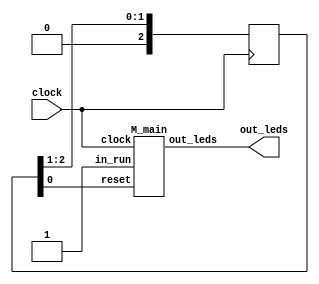
/*

Copyright 2019, (C) Sylvain Lefebvre and contributors
List contributors with: git shortlog -n -s -- <filename>

MIT license

Permission is hereby granted, free of charge, to any person obtaining a copy of
this software and associated documentation files (the "Software"), to deal in
the Software without restriction, including without limitation the rights to
use, copy, modify, merge, publish, distribute, sublicense, and/or sell copies of
the Software, and to permit persons to whom the Software is furnished to do so,
subject to the following conditions:

The above copyright notice and this permission notice shall be included in all
copies or substantial portions of the Software.

THE SOFTWARE IS PROVIDED "AS IS", WITHOUT WARRANTY OF ANY KIND, EXPRESS OR
IMPLIED, INCLUDING BUT NOT LIMITED TO THE WARRANTIES OF MERCHANTABILITY, FITNESS
FOR A PARTICULAR PURPOSE AND NONINFRINGEMENT. IN NO EVENT SHALL THE AUTHORS OR
COPYRIGHT HOLDERS BE LIABLE FOR ANY CLAIM, DAMAGES OR OTHER LIABILITY, WHETHER
IN AN ACTION OF CONTRACT, TORT OR OTHERWISE, ARISING FROM, OUT OF OR IN
CONNECTION WITH THE SOFTWARE OR THE USE OR OTHER DEALINGS IN THE SOFTWARE.

(header_2_M)

*/
`define BARE 1
`define COLOR_DEPTH       6


module top(
`ifdef VGA
  // VGA
  output out_video_clock,
  output reg [`COLOR_DEPTH-1:0] out_video_r,
  output reg [`COLOR_DEPTH-1:0] out_video_g,
  output reg [`COLOR_DEPTH-1:0] out_video_b,
  output out_video_hs,
  output out_video_vs,
`endif
  // basic
  output [7:0] out_leds,
  input        clock
);

reg [2:0] ready = 3'b111;

always @(posedge clock) begin
  ready <= ready >> 1;
end

wire run_main;
assign run_main = 1'b1;

M_main __main(
  .clock(clock),
  .reset(ready[0]),
  .out_leds(out_leds),
`ifdef VGA
  .out_video_clock(out_video_clock),
  .out_video_r(out_video_r),
  .out_video_g(out_video_g),
  .out_video_b(out_video_b),
  .out_video_hs(out_video_hs),
  .out_video_vs(out_video_vs),
`endif
  .in_run(run_main)
);

endmodule


module M_mulpip16__mul (
in_im0,
in_im1,
out_ret,
out_done,
reset,
out_clock,
clock
);
input signed [15:0] in_im0;
input signed [15:0] in_im1;
output signed [15:0] out_ret;
output out_done;
input reset;
output out_clock;
input clock;
assign out_clock = clock;
reg  [15:0] _t_sum_1_0;
reg  [15:0] _t_sum_2_0;
reg  [15:0] _t_sum_2_1;
reg  [15:0] _t_sum_3_0;
reg  [15:0] _t_sum_3_1;
reg  [15:0] _t_sum_3_2;
reg  [15:0] _t_sum_3_3;
reg  [15:0] _t_sum_4_0;
reg  [15:0] _t_sum_4_1;
reg  [15:0] _t_sum_4_2;
reg  [15:0] _t_sum_4_3;
reg  [15:0] _t_sum_4_4;
reg  [15:0] _t_sum_4_5;
reg  [15:0] _t_sum_4_6;
reg  [15:0] _t_sum_4_7;
reg  [15:0] _t_m0;
reg  [15:0] _t_m1;
reg  [0:0] _t_m0_neg;
reg  [0:0] _t_m1_neg;
reg  [0:0] _t___pip_138_0_m0_neg;
reg  [0:0] _t___pip_138_0_m1_neg;
reg  [15:0] _t___pip_138_3_sum_1_0;
reg  [15:0] _t___pip_138_2_sum_2_0;
reg  [15:0] _t___pip_138_2_sum_2_1;
reg  [15:0] _t___pip_138_1_sum_3_0;
reg  [15:0] _t___pip_138_1_sum_3_1;
reg  [15:0] _t___pip_138_1_sum_3_2;
reg  [15:0] _t___pip_138_1_sum_3_3;
reg  [15:0] _t___pip_138_0_sum_4_0;
reg  [15:0] _t___pip_138_0_sum_4_1;
reg  [15:0] _t___pip_138_0_sum_4_2;
reg  [15:0] _t___pip_138_0_sum_4_3;
reg  [15:0] _t___pip_138_0_sum_4_4;
reg  [15:0] _t___pip_138_0_sum_4_5;
reg  [15:0] _t___pip_138_0_sum_4_6;
reg  [15:0] _t___pip_138_0_sum_4_7;

reg  [0:0] _d___pip_138_1_m0_neg;
reg  [0:0] _q___pip_138_1_m0_neg;
reg  [0:0] _d___pip_138_2_m0_neg;
reg  [0:0] _q___pip_138_2_m0_neg;
reg  [0:0] _d___pip_138_3_m0_neg;
reg  [0:0] _q___pip_138_3_m0_neg;
reg  [0:0] _d___pip_138_4_m0_neg;
reg  [0:0] _q___pip_138_4_m0_neg;
reg  [0:0] _d___pip_138_1_m1_neg;
reg  [0:0] _q___pip_138_1_m1_neg;
reg  [0:0] _d___pip_138_2_m1_neg;
reg  [0:0] _q___pip_138_2_m1_neg;
reg  [0:0] _d___pip_138_3_m1_neg;
reg  [0:0] _q___pip_138_3_m1_neg;
reg  [0:0] _d___pip_138_4_m1_neg;
reg  [0:0] _q___pip_138_4_m1_neg;
reg  [15:0] _d___pip_138_4_sum_1_0;
reg  [15:0] _q___pip_138_4_sum_1_0;
reg  [15:0] _d___pip_138_3_sum_2_0;
reg  [15:0] _q___pip_138_3_sum_2_0;
reg  [15:0] _d___pip_138_3_sum_2_1;
reg  [15:0] _q___pip_138_3_sum_2_1;
reg  [15:0] _d___pip_138_2_sum_3_0;
reg  [15:0] _q___pip_138_2_sum_3_0;
reg  [15:0] _d___pip_138_2_sum_3_1;
reg  [15:0] _q___pip_138_2_sum_3_1;
reg  [15:0] _d___pip_138_2_sum_3_2;
reg  [15:0] _q___pip_138_2_sum_3_2;
reg  [15:0] _d___pip_138_2_sum_3_3;
reg  [15:0] _q___pip_138_2_sum_3_3;
reg  [15:0] _d___pip_138_1_sum_4_0;
reg  [15:0] _q___pip_138_1_sum_4_0;
reg  [15:0] _d___pip_138_1_sum_4_1;
reg  [15:0] _q___pip_138_1_sum_4_1;
reg  [15:0] _d___pip_138_1_sum_4_2;
reg  [15:0] _q___pip_138_1_sum_4_2;
reg  [15:0] _d___pip_138_1_sum_4_3;
reg  [15:0] _q___pip_138_1_sum_4_3;
reg  [15:0] _d___pip_138_1_sum_4_4;
reg  [15:0] _q___pip_138_1_sum_4_4;
reg  [15:0] _d___pip_138_1_sum_4_5;
reg  [15:0] _q___pip_138_1_sum_4_5;
reg  [15:0] _d___pip_138_1_sum_4_6;
reg  [15:0] _q___pip_138_1_sum_4_6;
reg  [15:0] _d___pip_138_1_sum_4_7;
reg  [15:0] _q___pip_138_1_sum_4_7;
reg signed [15:0] _d_ret;
reg signed [15:0] _q_ret;
reg  [1:0] _d_index,_q_index = 3;
reg  _autorun = 0;
assign out_ret = _q_ret;
assign out_done = (_q_index == 3) & _autorun;



`ifdef FORMAL
initial begin
assume(reset);
end
assume property($initstate || (out_done));
`endif
always @* begin
_d___pip_138_1_m0_neg = _q___pip_138_1_m0_neg;
_d___pip_138_2_m0_neg = _q___pip_138_2_m0_neg;
_d___pip_138_3_m0_neg = _q___pip_138_3_m0_neg;
_d___pip_138_4_m0_neg = _q___pip_138_4_m0_neg;
_d___pip_138_1_m1_neg = _q___pip_138_1_m1_neg;
_d___pip_138_2_m1_neg = _q___pip_138_2_m1_neg;
_d___pip_138_3_m1_neg = _q___pip_138_3_m1_neg;
_d___pip_138_4_m1_neg = _q___pip_138_4_m1_neg;
_d___pip_138_4_sum_1_0 = _q___pip_138_4_sum_1_0;
_d___pip_138_3_sum_2_0 = _q___pip_138_3_sum_2_0;
_d___pip_138_3_sum_2_1 = _q___pip_138_3_sum_2_1;
_d___pip_138_2_sum_3_0 = _q___pip_138_2_sum_3_0;
_d___pip_138_2_sum_3_1 = _q___pip_138_2_sum_3_1;
_d___pip_138_2_sum_3_2 = _q___pip_138_2_sum_3_2;
_d___pip_138_2_sum_3_3 = _q___pip_138_2_sum_3_3;
_d___pip_138_1_sum_4_0 = _q___pip_138_1_sum_4_0;
_d___pip_138_1_sum_4_1 = _q___pip_138_1_sum_4_1;
_d___pip_138_1_sum_4_2 = _q___pip_138_1_sum_4_2;
_d___pip_138_1_sum_4_3 = _q___pip_138_1_sum_4_3;
_d___pip_138_1_sum_4_4 = _q___pip_138_1_sum_4_4;
_d___pip_138_1_sum_4_5 = _q___pip_138_1_sum_4_5;
_d___pip_138_1_sum_4_6 = _q___pip_138_1_sum_4_6;
_d___pip_138_1_sum_4_7 = _q___pip_138_1_sum_4_7;
_d_ret = _q_ret;
_d_index = _q_index;
_t_sum_1_0 = 0;
_t_sum_2_0 = 0;
_t_sum_2_1 = 0;
_t_sum_3_0 = 0;
_t_sum_3_1 = 0;
_t_sum_3_2 = 0;
_t_sum_3_3 = 0;
_t_sum_4_0 = 0;
_t_sum_4_1 = 0;
_t_sum_4_2 = 0;
_t_sum_4_3 = 0;
_t_sum_4_4 = 0;
_t_sum_4_5 = 0;
_t_sum_4_6 = 0;
_t_sum_4_7 = 0;
_t_m0 = 0;
_t_m1 = 0;
_t_m0_neg = 0;
_t_m1_neg = 0;
_t___pip_138_0_m0_neg = 0;
_t___pip_138_0_m1_neg = 0;
_t___pip_138_3_sum_1_0 = 0;
_t___pip_138_2_sum_2_0 = 0;
_t___pip_138_2_sum_2_1 = 0;
_t___pip_138_1_sum_3_0 = 0;
_t___pip_138_1_sum_3_1 = 0;
_t___pip_138_1_sum_3_2 = 0;
_t___pip_138_1_sum_3_3 = 0;
_t___pip_138_0_sum_4_0 = 0;
_t___pip_138_0_sum_4_1 = 0;
_t___pip_138_0_sum_4_2 = 0;
_t___pip_138_0_sum_4_3 = 0;
_t___pip_138_0_sum_4_4 = 0;
_t___pip_138_0_sum_4_5 = 0;
_t___pip_138_0_sum_4_6 = 0;
_t___pip_138_0_sum_4_7 = 0;
// _always_pre
(* full_case *)
case (_q_index)
0: begin
// _top
_d_index = 1;
end
1: begin
// __while__block_1
if (1) begin
// __block_2
// __block_4
// pipeline
// -------- stage 0
// __stage___block_6
// __block_7
if (in_im0<0) begin
// __block_8
// __block_10
_t_m0_neg = 1;
_t_m0 = -in_im0;
// __block_11
end else begin
// __block_9
// __block_12
_t_m0 = in_im0;
// __block_13
end
// __block_14
if (in_im1<0) begin
// __block_15
// __block_17
_t_m1_neg = 1;
_t_m1 = -in_im1;
// __block_18
end else begin
// __block_16
// __block_19
_t_m1 = in_im1;
// __block_20
end
// __block_21
  case (_t_m1[0+:2])
  2'b00: begin
// __block_23_case
// __block_24
_t_sum_4_0 = 0;
// __block_25
  end
  2'b10: begin
// __block_26_case
// __block_27
_t_sum_4_0 = _t_m0<<1;
// __block_28
  end
  2'b01: begin
// __block_29_case
// __block_30
_t_sum_4_0 = _t_m0<<0;
// __block_31
  end
  2'b11: begin
// __block_32_case
// __block_33
_t_sum_4_0 = (_t_m0<<0)+(_t_m0<<1);
// __block_34
  end
endcase
// __block_22
  case (_t_m1[2+:2])
  2'b00: begin
// __block_36_case
// __block_37
_t_sum_4_1 = 0;
// __block_38
  end
  2'b10: begin
// __block_39_case
// __block_40
_t_sum_4_1 = _t_m0<<3;
// __block_41
  end
  2'b01: begin
// __block_42_case
// __block_43
_t_sum_4_1 = _t_m0<<2;
// __block_44
  end
  2'b11: begin
// __block_45_case
// __block_46
_t_sum_4_1 = (_t_m0<<2)+(_t_m0<<3);
// __block_47
  end
endcase
// __block_35
  case (_t_m1[4+:2])
  2'b00: begin
// __block_49_case
// __block_50
_t_sum_4_2 = 0;
// __block_51
  end
  2'b10: begin
// __block_52_case
// __block_53
_t_sum_4_2 = _t_m0<<5;
// __block_54
  end
  2'b01: begin
// __block_55_case
// __block_56
_t_sum_4_2 = _t_m0<<4;
// __block_57
  end
  2'b11: begin
// __block_58_case
// __block_59
_t_sum_4_2 = (_t_m0<<4)+(_t_m0<<5);
// __block_60
  end
endcase
// __block_48
  case (_t_m1[6+:2])
  2'b00: begin
// __block_62_case
// __block_63
_t_sum_4_3 = 0;
// __block_64
  end
  2'b10: begin
// __block_65_case
// __block_66
_t_sum_4_3 = _t_m0<<7;
// __block_67
  end
  2'b01: begin
// __block_68_case
// __block_69
_t_sum_4_3 = _t_m0<<6;
// __block_70
  end
  2'b11: begin
// __block_71_case
// __block_72
_t_sum_4_3 = (_t_m0<<6)+(_t_m0<<7);
// __block_73
  end
endcase
// __block_61
  case (_t_m1[8+:2])
  2'b00: begin
// __block_75_case
// __block_76
_t_sum_4_4 = 0;
// __block_77
  end
  2'b10: begin
// __block_78_case
// __block_79
_t_sum_4_4 = _t_m0<<9;
// __block_80
  end
  2'b01: begin
// __block_81_case
// __block_82
_t_sum_4_4 = _t_m0<<8;
// __block_83
  end
  2'b11: begin
// __block_84_case
// __block_85
_t_sum_4_4 = (_t_m0<<8)+(_t_m0<<9);
// __block_86
  end
endcase
// __block_74
  case (_t_m1[10+:2])
  2'b00: begin
// __block_88_case
// __block_89
_t_sum_4_5 = 0;
// __block_90
  end
  2'b10: begin
// __block_91_case
// __block_92
_t_sum_4_5 = _t_m0<<11;
// __block_93
  end
  2'b01: begin
// __block_94_case
// __block_95
_t_sum_4_5 = _t_m0<<10;
// __block_96
  end
  2'b11: begin
// __block_97_case
// __block_98
_t_sum_4_5 = (_t_m0<<10)+(_t_m0<<11);
// __block_99
  end
endcase
// __block_87
  case (_t_m1[12+:2])
  2'b00: begin
// __block_101_case
// __block_102
_t_sum_4_6 = 0;
// __block_103
  end
  2'b10: begin
// __block_104_case
// __block_105
_t_sum_4_6 = _t_m0<<13;
// __block_106
  end
  2'b01: begin
// __block_107_case
// __block_108
_t_sum_4_6 = _t_m0<<12;
// __block_109
  end
  2'b11: begin
// __block_110_case
// __block_111
_t_sum_4_6 = (_t_m0<<12)+(_t_m0<<13);
// __block_112
  end
endcase
// __block_100
  case (_t_m1[14+:2])
  2'b00: begin
// __block_114_case
// __block_115
_t_sum_4_7 = 0;
// __block_116
  end
  2'b10: begin
// __block_117_case
// __block_118
_t_sum_4_7 = _t_m0<<15;
// __block_119
  end
  2'b01: begin
// __block_120_case
// __block_121
_t_sum_4_7 = _t_m0<<14;
// __block_122
  end
  2'b11: begin
// __block_123_case
// __block_124
_t_sum_4_7 = (_t_m0<<14)+(_t_m0<<15);
// __block_125
  end
endcase
// __block_113
_t___pip_138_0_m0_neg = _t_m0_neg;
_t___pip_138_0_m1_neg = _t_m1_neg;
_t___pip_138_0_sum_4_0 = _t_sum_4_0;
_t___pip_138_0_sum_4_1 = _t_sum_4_1;
_t___pip_138_0_sum_4_2 = _t_sum_4_2;
_t___pip_138_0_sum_4_3 = _t_sum_4_3;
_t___pip_138_0_sum_4_4 = _t_sum_4_4;
_t___pip_138_0_sum_4_5 = _t_sum_4_5;
_t___pip_138_0_sum_4_6 = _t_sum_4_6;
_t___pip_138_0_sum_4_7 = _t_sum_4_7;
// -------- stage 1
// __stage___block_127
// __block_128
_t_sum_3_0 = _q___pip_138_1_sum_4_0+_q___pip_138_1_sum_4_1;
_t_sum_3_1 = _q___pip_138_1_sum_4_2+_q___pip_138_1_sum_4_3;
_t_sum_3_2 = _q___pip_138_1_sum_4_4+_q___pip_138_1_sum_4_5;
_t_sum_3_3 = _q___pip_138_1_sum_4_6+_q___pip_138_1_sum_4_7;
_t___pip_138_1_sum_3_1 = _t_sum_3_1;
_t___pip_138_1_sum_3_0 = _t_sum_3_0;
_t___pip_138_1_sum_3_2 = _t_sum_3_2;
_t___pip_138_1_sum_3_3 = _t_sum_3_3;
// -------- stage 2
// __stage___block_130
// __block_131
_t_sum_2_0 = _q___pip_138_2_sum_3_0+_q___pip_138_2_sum_3_1;
_t_sum_2_1 = _q___pip_138_2_sum_3_2+_q___pip_138_2_sum_3_3;
_t___pip_138_2_sum_2_0 = _t_sum_2_0;
_t___pip_138_2_sum_2_1 = _t_sum_2_1;
// -------- stage 3
// __stage___block_133
// __block_134
_t_sum_1_0 = _q___pip_138_3_sum_2_0+_q___pip_138_3_sum_2_1;
_t___pip_138_3_sum_1_0 = _t_sum_1_0;
// -------- stage 4
// __stage___block_136
// __block_137
if (_q___pip_138_4_m0_neg^_q___pip_138_4_m1_neg) begin
// __block_138
// __block_140
_d_ret = -_q___pip_138_4_sum_1_0;
// __block_141
end else begin
// __block_139
// __block_142
_d_ret = _q___pip_138_4_sum_1_0;
// __block_143
end
// __block_144
// __block_5
// __block_146
_d_index = 1;
end else begin
_d_index = 2;
end
end
2: begin
// __block_3
_d_index = 3;
end
3: begin // end of 
end
default: begin 
_d_index = {2{1'bx}};
`ifdef FORMAL
assume(0);
`endif
 end
endcase
// _always_post
end

always @(posedge clock) begin
_q___pip_138_1_m0_neg <= _t___pip_138_0_m0_neg;
_q___pip_138_2_m0_neg <= _d___pip_138_1_m0_neg;
_q___pip_138_3_m0_neg <= _d___pip_138_2_m0_neg;
_q___pip_138_4_m0_neg <= _d___pip_138_3_m0_neg;
_q___pip_138_1_m1_neg <= _t___pip_138_0_m1_neg;
_q___pip_138_2_m1_neg <= _d___pip_138_1_m1_neg;
_q___pip_138_3_m1_neg <= _d___pip_138_2_m1_neg;
_q___pip_138_4_m1_neg <= _d___pip_138_3_m1_neg;
_q___pip_138_4_sum_1_0 <= _t___pip_138_3_sum_1_0;
_q___pip_138_3_sum_2_0 <= _t___pip_138_2_sum_2_0;
_q___pip_138_3_sum_2_1 <= _t___pip_138_2_sum_2_1;
_q___pip_138_2_sum_3_0 <= _t___pip_138_1_sum_3_0;
_q___pip_138_2_sum_3_1 <= _t___pip_138_1_sum_3_1;
_q___pip_138_2_sum_3_2 <= _t___pip_138_1_sum_3_2;
_q___pip_138_2_sum_3_3 <= _t___pip_138_1_sum_3_3;
_q___pip_138_1_sum_4_0 <= _t___pip_138_0_sum_4_0;
_q___pip_138_1_sum_4_1 <= _t___pip_138_0_sum_4_1;
_q___pip_138_1_sum_4_2 <= _t___pip_138_0_sum_4_2;
_q___pip_138_1_sum_4_3 <= _t___pip_138_0_sum_4_3;
_q___pip_138_1_sum_4_4 <= _t___pip_138_0_sum_4_4;
_q___pip_138_1_sum_4_5 <= _t___pip_138_0_sum_4_5;
_q___pip_138_1_sum_4_6 <= _t___pip_138_0_sum_4_6;
_q___pip_138_1_sum_4_7 <= _t___pip_138_0_sum_4_7;
_q_ret <= _d_ret;
_q_index <= reset ? 3 : ( ~_autorun ? 0 : _d_index);
_autorun <= reset ? 0 : 1;
end

endmodule

module M_main (
out_leds,
in_run,
out_done,
reset,
out_clock,
clock
);
output  [7:0] out_leds;
input in_run;
output out_done;
input reset;
output out_clock;
input clock;
assign out_clock = clock;
wire signed [15:0] _w_mul_ret;
wire _w_mul_done;
reg signed [15:0] _t_result;

reg signed [15:0] _d_m0;
reg signed [15:0] _q_m0;
reg signed [15:0] _d_m1;
reg signed [15:0] _q_m1;
reg  [7:0] _d_leds;
reg  [7:0] _q_leds;
reg signed [15:0] _d_mul_im0,_q_mul_im0;
reg signed [15:0] _d_mul_im1,_q_mul_im1;
reg  [3:0] _d_index,_q_index = 13;
reg  _autorun = 0;
assign out_leds = _q_leds;
assign out_done = (_q_index == 13) & _autorun;
M_mulpip16__mul mul (
.in_im0(_d_mul_im0),
.in_im1(_d_mul_im1),
.out_ret(_w_mul_ret),
.out_done(_w_mul_done),
.reset(reset),
.clock(clock));



`ifdef FORMAL
initial begin
assume(reset);
end
assume property($initstate || (out_done));
`endif
always @* begin
_d_m0 = _q_m0;
_d_m1 = _q_m1;
_d_leds = _q_leds;
_d_mul_im0 = _q_mul_im0;
_d_mul_im1 = _q_mul_im1;
_d_index = _q_index;
// _always_pre
_t_result = _w_mul_ret;
_d_mul_im0 = _q_m0;
_d_mul_im1 = _q_m1;
_d_leds = _t_result[0+:8];
(* full_case *)
case (_q_index)
0: begin
// _top
_d_m0 = 2;
_d_m1 = 3;
$display("%d * %d = ...",_d_m0,_d_m1);
_d_index = 1;
end
1: begin
// __block_1
_d_m0 = _q_m0+1;
_d_m1 = -_q_m1-1;
$display("%d * %d = ...",_d_m0,_d_m1);
_d_index = 2;
end
2: begin
// __block_2
_d_m0 = _q_m0+1;
_d_m1 = -_q_m1+1;
$display("%d * %d = ...",_d_m0,_d_m1);
_d_index = 3;
end
3: begin
// __block_3
_d_m0 = _q_m0+1;
_d_m1 = -_q_m1-1;
$display("%d * %d = ...",_d_m0,_d_m1);
_d_index = 4;
end
4: begin
// __block_4
_d_m0 = _q_m0+1;
_d_m1 = -_q_m1+1;
$display("%d * %d = ...",_d_m0,_d_m1);
_d_index = 5;
end
5: begin
// __block_5
_d_m0 = _q_m0+1;
_d_m1 = -_q_m1-1;
$display("%d * %d = ...",_d_m0,_d_m1);
_d_index = 6;
end
6: begin
// __block_6
$display("... = %d",_t_result);
_d_index = 7;
end
7: begin
// __block_7
$display("... = %d",_t_result);
_d_index = 8;
end
8: begin
// __block_8
$display("... = %d",_t_result);
_d_index = 9;
end
9: begin
// __block_9
$display("... = %d",_t_result);
_d_index = 10;
end
10: begin
// __block_10
$display("... = %d",_t_result);
_d_index = 11;
end
11: begin
// __block_11
$display("... = %d",_t_result);
_d_index = 12;
end
12: begin
// __block_12
_d_index = 13;
end
13: begin // end of 
end
default: begin 
_d_index = {4{1'bx}};
`ifdef FORMAL
assume(0);
`endif
 end
endcase
// _always_post
end

always @(posedge clock) begin
_q_m0 <= (reset) ? 0 : _d_m0;
_q_m1 <= (reset) ? 0 : _d_m1;
_q_leds <= (reset) ? 0 : _d_leds;
_q_index <= reset ? 13 : ( ~_autorun ? 0 : _d_index);
_autorun <= reset ? 0 : 1;
_q_mul_im0 <= _d_mul_im0;
_q_mul_im1 <= _d_mul_im1;
end

endmodule